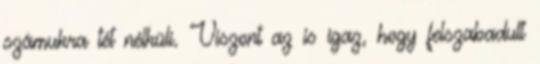
számukra tét nélküli. Viszont az is igaz, hogy felszabadult